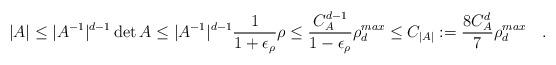
LaTeX: \begin{align*}|A|\le |A^{-1}|^{d-1}\det A\le |A^{-1}|^{d-1} \frac{1}{1+\epsilon_{\rho}}\rho \le \frac{C_A^{d-1}}{1-\epsilon_{\rho}}\rho^{max}_d\le C_{|A|}:= \frac{8C_A^{d}}{7}\rho^{max}_d\quad.\end{align*}